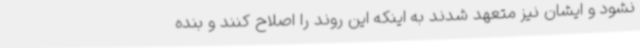
نشود و ایشان نیز متعهد شدند به اینکه این روند را اصلاح کنند و بنده